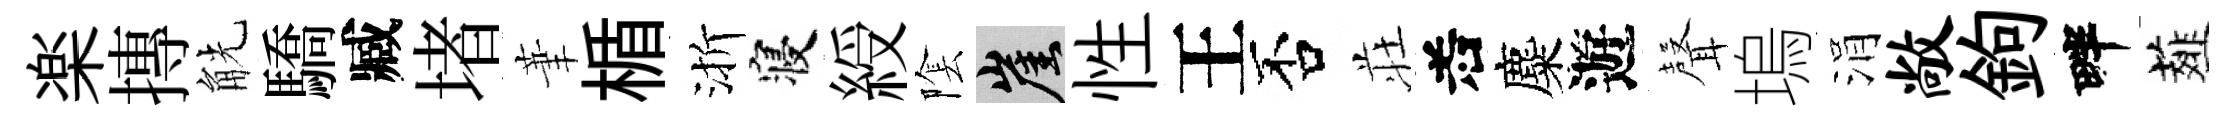
楽摶觥驕臧堵茟楯渐寝綬隂崖性王否荘𠰥麋遊𮋻塢涓敞鉤畔薤